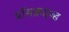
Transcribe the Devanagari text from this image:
प्रॉसक्राइब्ड